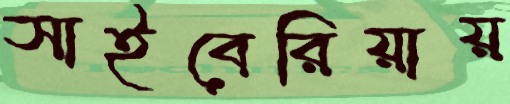
সাইবেরিয়ায়